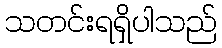
သတင်းရရှိပါသည်